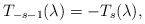
LaTeX: \begin{align*}T_{-s-1}(\lambda) = - T_s(\lambda),\end{align*}